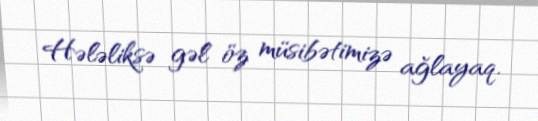
Hələliksə gəl öz müsibətimizə ağlayaq.